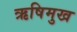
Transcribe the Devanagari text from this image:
ऋषिमुख